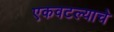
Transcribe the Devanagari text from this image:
एकवटल्याचे